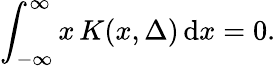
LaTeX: \int_{-\infty}^{\infty}x\, K(x,\Delta)\, \mathrm{d}x=0.